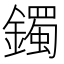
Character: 鐲